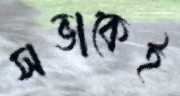
সভাকেই